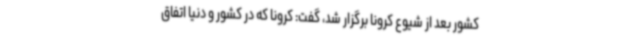
کشور بعد از شیوع کرونا برگزار شد، گفت: کرونا که در کشور و دنیا اتفاق